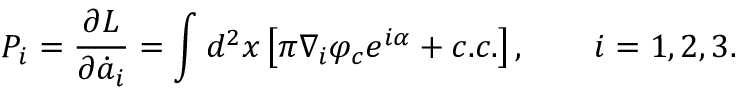
P _ { i } = \frac { \partial L } { \partial \dot { a } _ { i } } = \int d ^ { 2 } x \left[ \pi \nabla _ { i } \varphi _ { c } e ^ { i \alpha } + c . c . \right] , \qquad i = 1 , 2 , 3 .